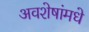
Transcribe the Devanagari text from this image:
अवशेषांमधे